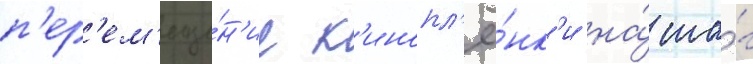
п'ер'ем'еще́н'ие к'инопл'ё́нк'и на́ ша́г